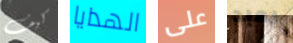
كيف الهدايا على العبد